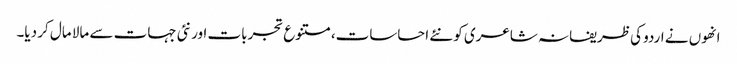
انھوں نے اردو کی ظریفانہ شاعری کو نئے احساسات،متنوع تجربات اور نئی جہات سے مالا مال کر دیا۔